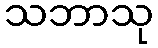
သဘာသု